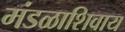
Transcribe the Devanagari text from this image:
मंडळाशिवाय